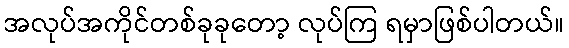
အလုပ်အကိုင်တစ်ခုခုတော့ လုပ်ကြ ရမှာဖြစ်ပါတယ်။